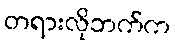
တရားလိုဘက်က